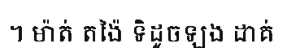
។ ម៉ាត់ តង៉ៃ ទិដូចឡង ដាគ់